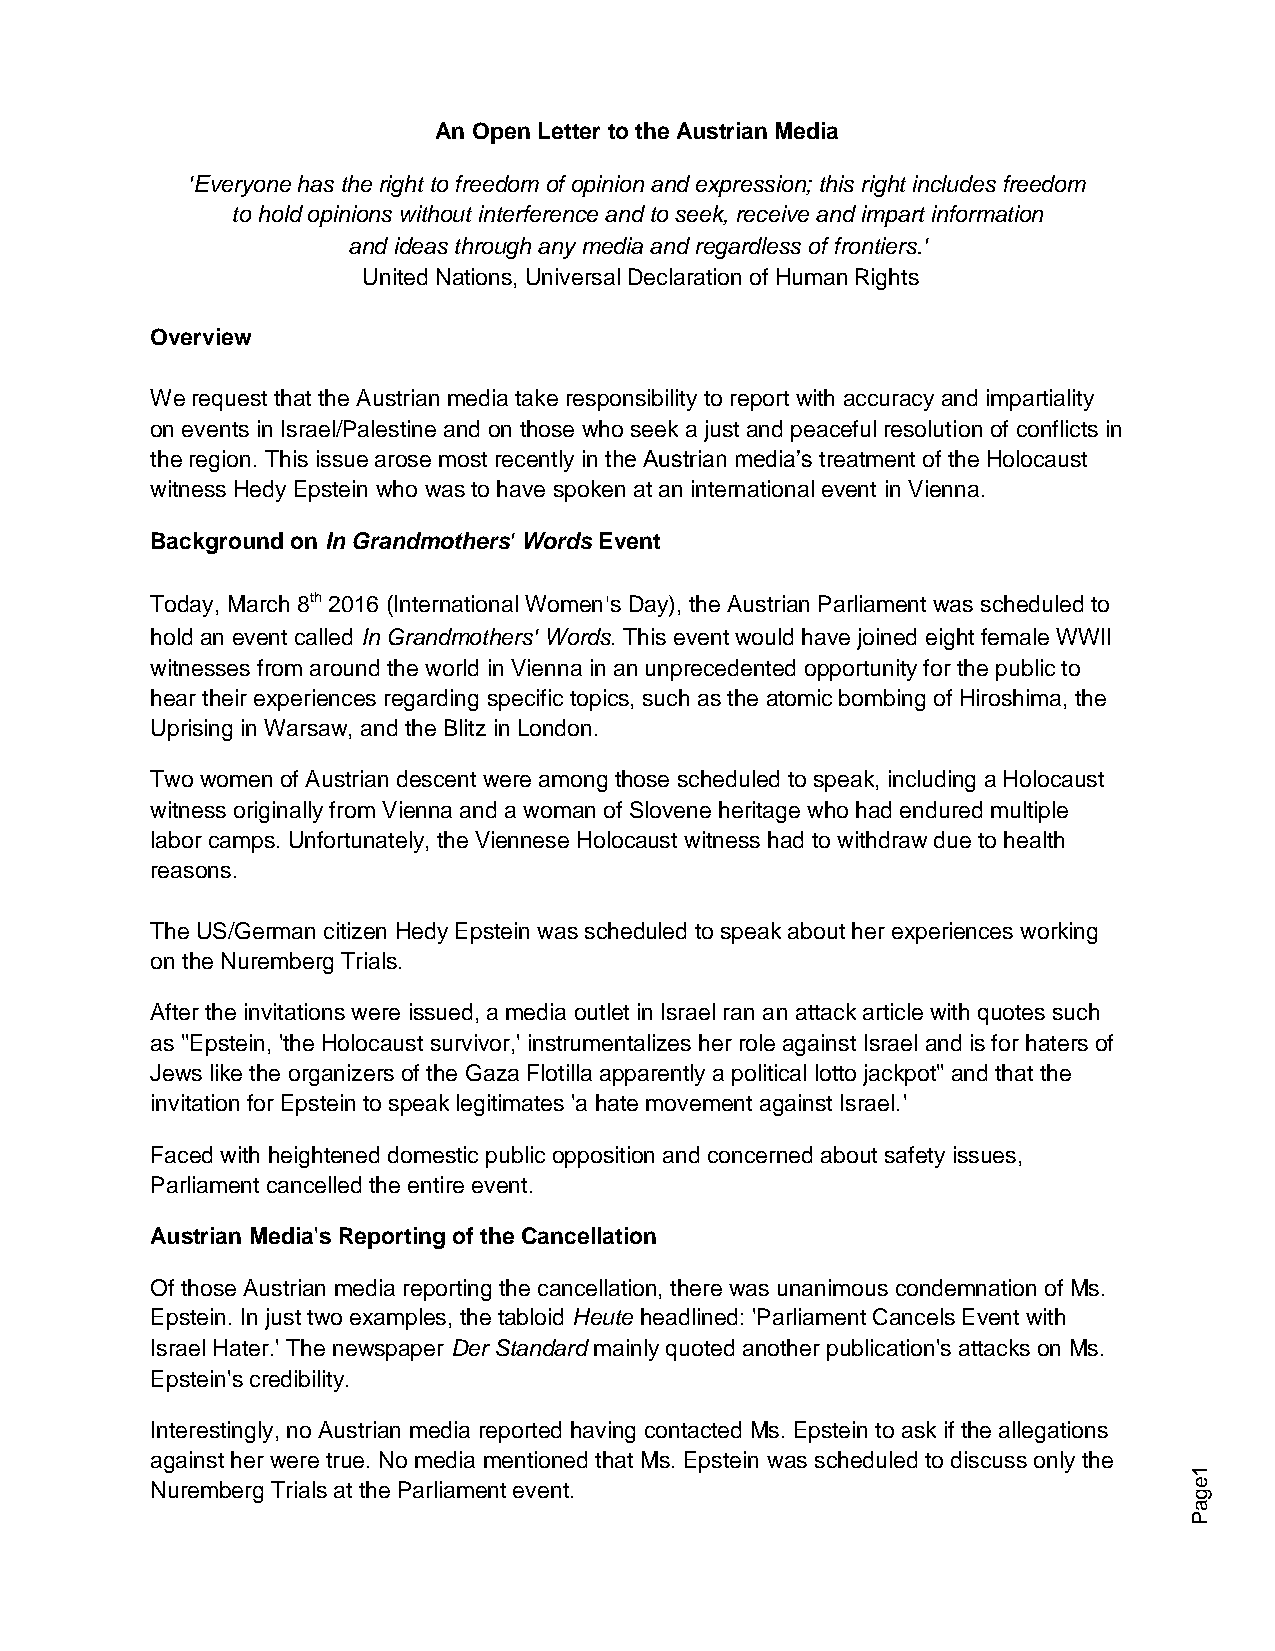
An Open Letter to the Austrian Media
 'Everyone has the right to freedom of opinion and expression; this right includes freedom
 to hold opinions without interference and to seek, receive and impart information
 and ideas through any media and regardless of frontiers.'
 United Nations, Universal Declaration of Human Rights
 Overview
 We request that the Austrian media take responsibility to report with accuracy and impartiality
 on events in Israel/Palestine and on those who seek a just and peaceful resolution of conflicts in
 the region. This issue arose most recently in the Austrian media’s treatment of the Holocaust
 witness Hedy Epstein who was to have spoken at an international event in Vienna.
 Background on In Grandmothers' Words Event
 Today, March 8th 2016 (International Women's Day), the Austrian Parliament was scheduled to
 hold an event called In Grandmothers' Words. This event would have joined eight female WWII
 witnesses from around the world in Vienna in an unprecedented opportunity for the public to
 hear their experiences regarding specific topics, such as the atomic bombing of Hiroshima, the
 Uprising in Warsaw, and the Blitz in London.
 Two women of Austrian descent were among those scheduled to speak, including a Holocaust
 witness originally from Vienna and a woman of Slovene heritage who had endured multiple
 labor camps. Unfortunately, the Viennese Holocaust witness had to withdraw due to health
 reasons.
 The US/German citizen Hedy Epstein was scheduled to speak about her experiences working
 on the Nuremberg Trials.
 After the invitations were issued, a media outlet in Israel ran an attack article with quotes such
 as ''Epstein, 'the Holocaust survivor,' instrumentalizes her role against Israel and is for haters of
 Jews like the organizers of the Gaza Flotilla apparently a political lotto jackpot'' and that the
 invitation for Epstein to speak legitimates 'a hate movement against Israel.'
 Faced with heightened domestic public opposition and concerned about safety issues,
 Parliament cancelled the entire event.
 Austrian Media's Reporting of the Cancellation
 Of those Austrian media reporting the cancellation, there was unanimous condemnation of Ms.
 Epstein. In just two examples, the tabloid Heute headlined: 'Parliament Cancels Event with
 Israel Hater.' The newspaper Der Standard mainly quoted another publication's attacks on Ms.
 Epstein's credibility.
 Interestingly, no Austrian media reported having contacted Ms. Epstein to ask if the allegations
 against her were true. No media mentioned that Ms. Epstein was scheduled to discuss only the
 1
 Nuremberg Trials at the Parliament event.                            e
 g
 a
 P